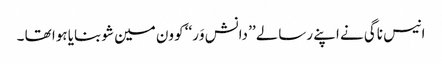
انیس ناگی نے اپنے رسالے ’’ دانش وَر‘‘ کو ون مین شو بنایا ہوا تھا ۔